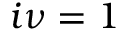
i \nu = 1